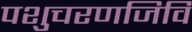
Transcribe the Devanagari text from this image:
पशुचरणजिवि